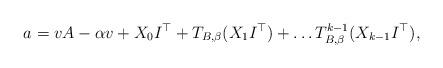
LaTeX: \begin{align*}a=vA-\alpha v+X_{0}I^{\top}+T_{B,\beta}(X_{1}I^{\top})+\dots T_{B,\beta}^{k-1}(X_{k-1}I^{\top}),\end{align*}